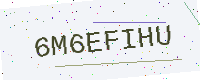
Text: 6M6EFIHU